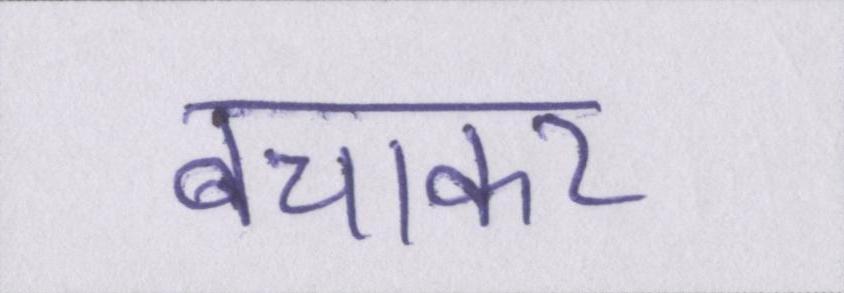
बचाकर